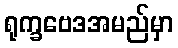
ရုက္ခဗေဒအမည်မှာ